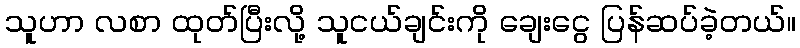
သူဟာ လစာ ထုတ်ပြီးလို့ သူငယ်ချင်းကို ချေးငွေ ပြန်ဆပ်ခဲ့တယ်။